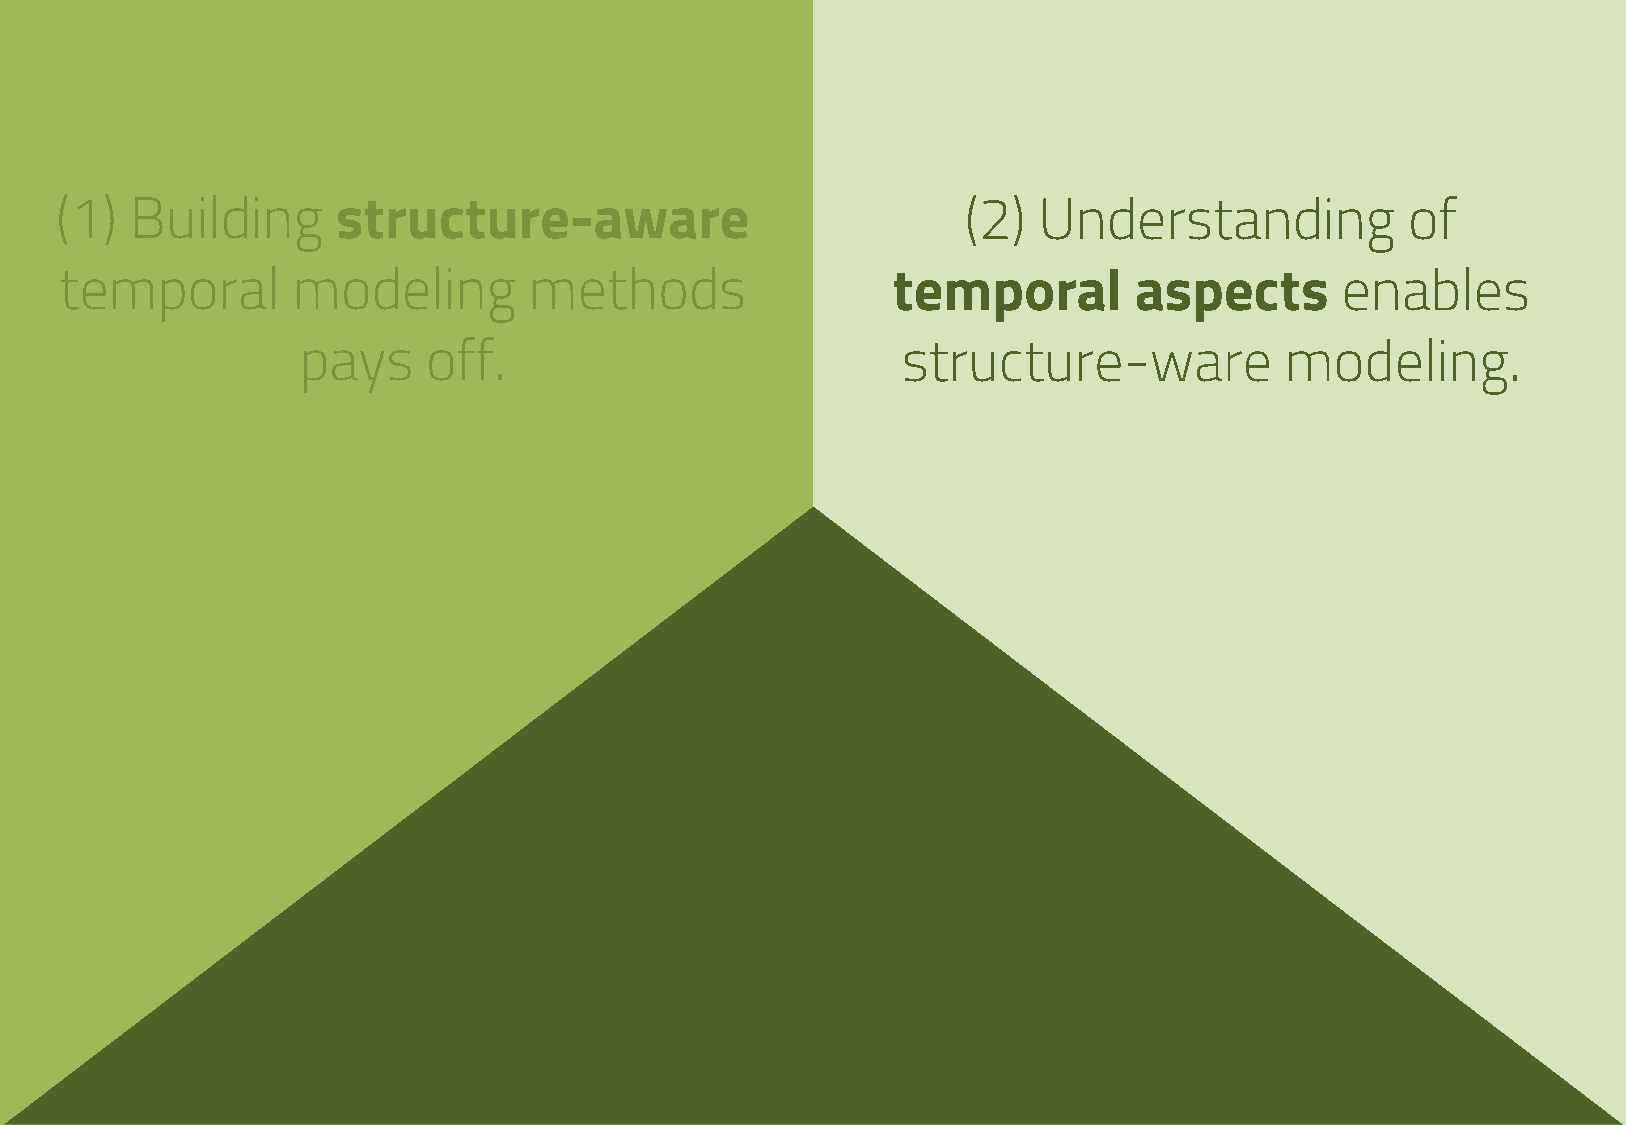
(1)  Building     structure-aware                           (2)  Understanding           of
 temporal       modeling        methods                 temporal        aspects       enables
 pays    off.                            structure-ware           modeling.